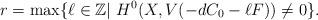
LaTeX: \begin{align*}r=\mathrm{max}\lbrace \ell \in \mathbb Z|\ H^0(X,V(-dC_0-\ell F))\not=0\rbrace .\end{align*}